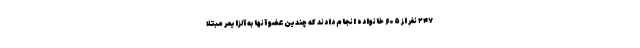
۲۴۷ نفر از ۶۰۵ خانواده انجام دادند که چندین عضو آنها به آلزایمر مبتلا